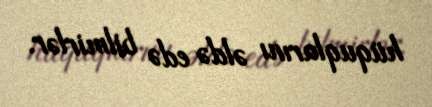
hüquqlarını əldə edə bilmirlər.